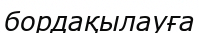
бордақылауға